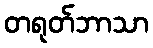
တရုတ်ဘာသာ